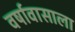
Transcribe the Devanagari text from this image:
वर्षावासाला